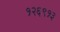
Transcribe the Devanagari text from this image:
१२६९१३